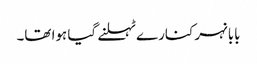
بابا نہر کنارے ٹہلنے گیا ہوا تھا۔